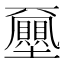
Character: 𡔈